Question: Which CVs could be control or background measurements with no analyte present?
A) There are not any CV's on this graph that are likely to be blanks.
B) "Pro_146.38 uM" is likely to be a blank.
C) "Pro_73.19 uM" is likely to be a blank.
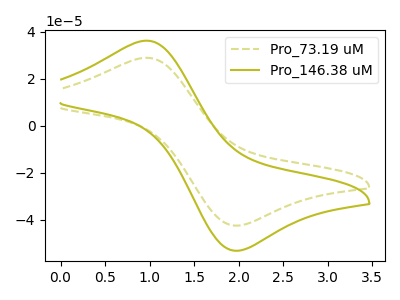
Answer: <think>The olive dashed curve "Pro_73.19 uM" has an anodic peak at (0.95V, 28.85uA) and a cathodic peak at (2.00V, -42.40uA). The olive curve "Pro_146.38 uM" has an anodic peak at (0.95V, 36.15uA) and a cathodic peak at (2.00V, -53.05uA).</think>
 <answer>A) There are not any CV's on this graph that are likely to be blanks.</answer>
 <eval>A</eval>